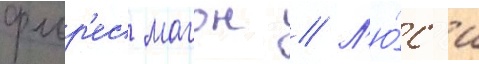
флор'ес магон // Л'ю́с'и